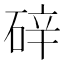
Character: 𪿢